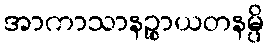
အာကာသာနဉ္စာယတနမ္ပိ